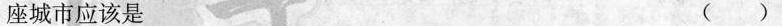
座城市应该是 ( )